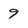
Character: 9